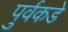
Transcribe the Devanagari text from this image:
पुर्वकडे